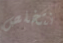
نتخلص